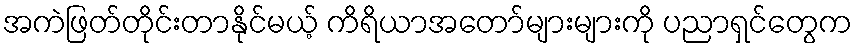
အကဲဖြတ်တိုင်းတာနိုင်မယ့် ကိရိယာအတော်များများကို ပညာရှင်တွေက